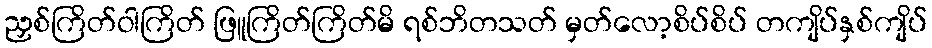
ညှစ်ကြိတ်ဝါကြိတ် ဖြူကြိတ်ကြိတ်မိ ရစ်ဘိတသတ် မှတ်လော့စိပ်စိပ် တကျိပ်နှစ်ကျိပ်